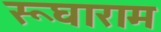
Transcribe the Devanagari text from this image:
रूघाराम